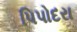
પિપોદરા